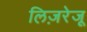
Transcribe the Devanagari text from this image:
लिज़रेजू